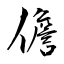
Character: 儋